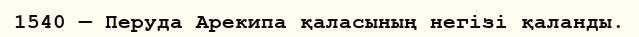
1540 — Перуда Арекипа қаласының негізі қаланды.